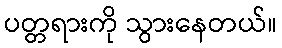
ပတ္တရားကို သွားနေတယ်။